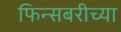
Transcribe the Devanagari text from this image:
फिन्सबरीच्या